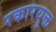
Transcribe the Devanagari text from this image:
रकारयुक्त